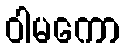
ဝါမကော